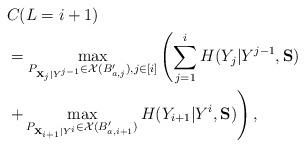
LaTeX: \begin{align*}&C(L = i+1) \\&= \max_{ P_{{\bf X}_j |Y^{j-1} } \in \mathcal X(B^{\prime}_{a,j}), j\in[i] } \left( \sum_{j=1}^i H(Y_j | Y^{j-1}, {\bf S}) \right. \\& \left. + \max_{ P_{ {\bf X}_{i+1} | Y^i } \in \mathcal X(B^{\prime}_{a,i+1} ) } H(Y_{i+1} | Y^{i}, {\bf S} ) \right), \end{align*}